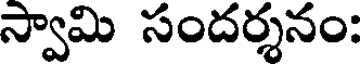
స్వామి సందర్శనం: